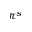
\pi ^ { s }